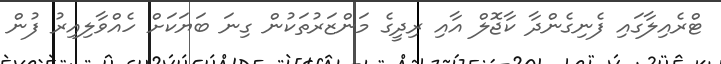
ޓްރެއިލާގައި ފެނިގެންދާ ކާޖޮލް އާއި ރިދީގެ މަންޒަރުތަކުން ގިނަ ބަޔަކަށް ހެއްވާލިއިރު ފުން